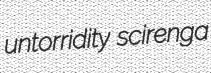
untorridity scirenga